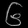
Digit: ၆